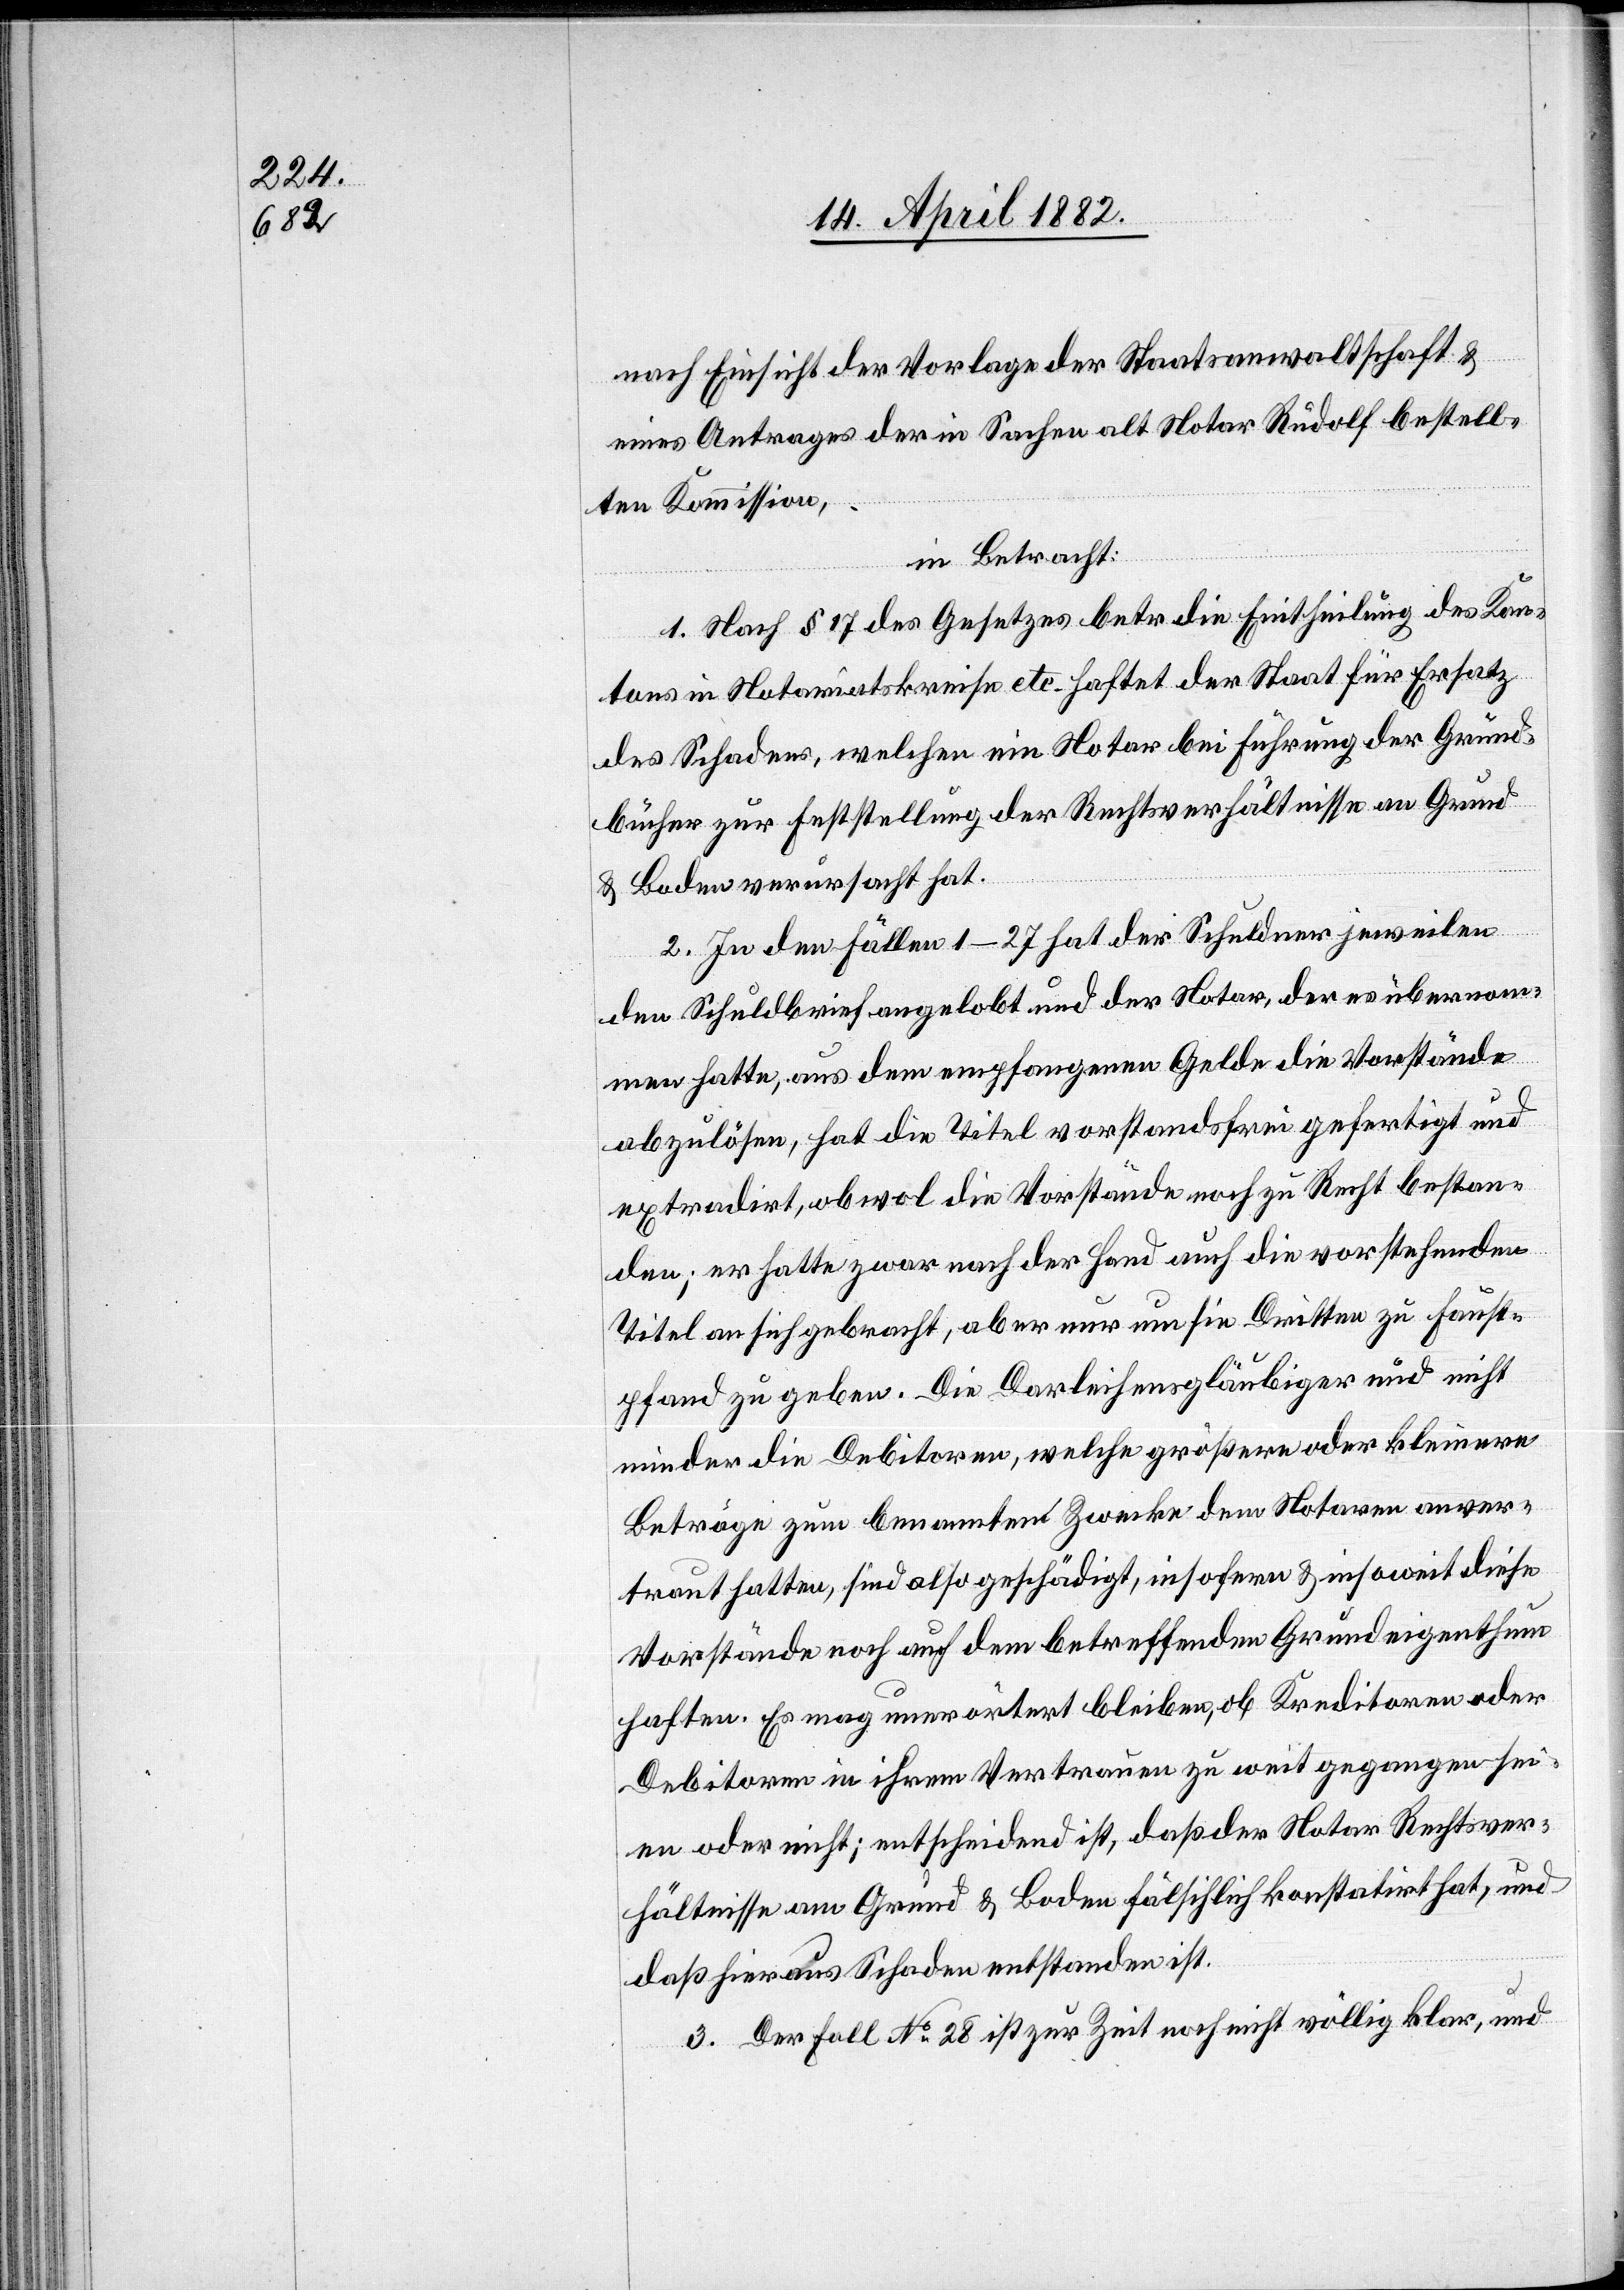
nach Einsicht der Vorlage der Staatsanwaltschaft &
eines Antrages der in Sachen alt Notar Rudolf bestell¬
ten Kommission,
in Betracht:
1. Nach § 17 des Gesetzes betr. die Eintheilung des Kan¬
tons in Notariatskreise etc. haftet der Staat für Ersatz
des Schadens, welchen ein Notar bei Führung der Grund¬
bücher zur Feststellung der Rechtsverhältnisse an Grund
& Boden verursacht hat.
2. In den Fällen 1–27 hat der Schuldner jeweilen
den Schuldbrief angelobt und der Notar, der es übernom¬
men hatte, aus dem empfangenen Gelde die Vorstände
abzulösen, hat die Titel vorstandsfrei gefertigt und
extradirt, obwol die Vorstände noch zu Recht bestan¬
den; er hatte zwar nach der Hand auch die vorstehenden
Titel an sich gebracht, aber nur um sie Dritten zu Faust¬
pfand zu geben. Die Darleihensgläubiger und nicht
minder die Debitoren, welche größere oder kleinere
Beträge zum benannten Zwecke dem Notaren anver¬
traut hatten, sind also geschädigt, insofern & insoweit diese
Vorstände noch auf dem betreffenden Grundeigenthum
haften. Es mag unerörtert bleiben, ob Kreditoren oder
Debitoren in ihrem Vertrauen zu weit gegangen sei¬
en oder nicht; entscheidend ist, daß der Notar Rechtsver¬
hältnisse am Grund & Boden fälschlich konstatirt hat, und
daß hieraus Schaden entstanden ist.
3. Der Fall No 28 ist zur Zeit noch nicht völlig klar, und